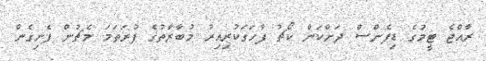
ރާއްޖެ ޓީމުގެ ޑިފެންސް ދަށްކަން ކޯޗު ފާހަގަކުރިއިރު މުބާރާތުގެ ފުރަތަމަ މެޗުން ފެށިގެން